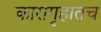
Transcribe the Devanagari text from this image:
कारागृहातच